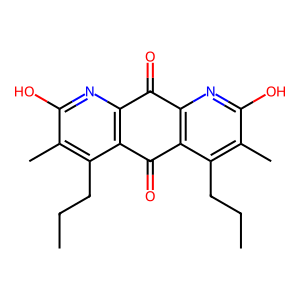
SMILES: CCCc1c(C)c(O)nc2c1C(=O)c1c(nc(O)c(C)c1CCC)C2=O
Inhibits HIV replication: No